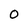
Character: O